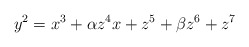
\begin{align*}y^2=x^3+\alpha z^4 x +z^5+\beta z^6+z^7\end{align*}